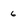
Character: 6